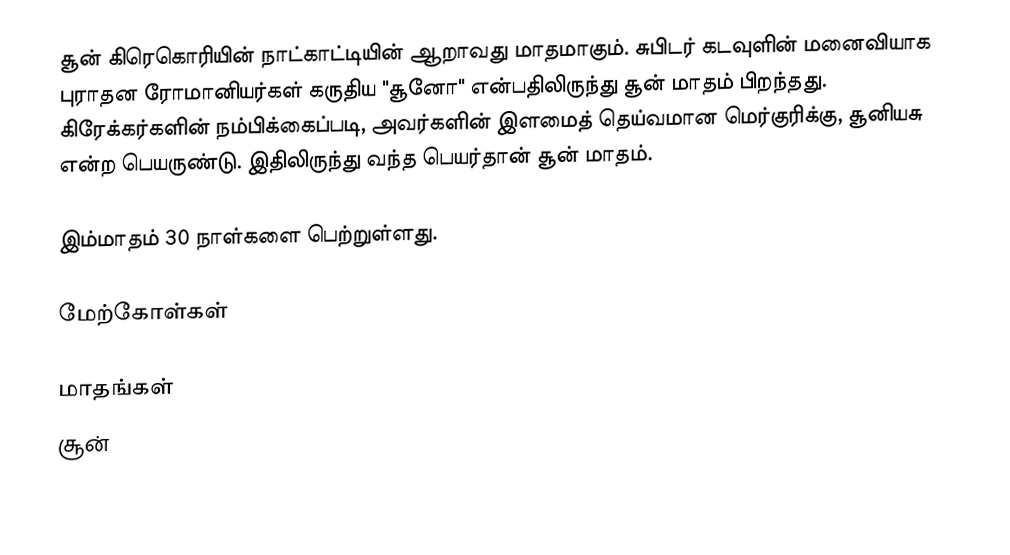
சூன் கிரெகொரியின் நாட்காட்டியின் ஆறாவது மாதமாகும். சுபிடர் கடவுளின் மனைவியாக புராதன ரோமானியர்கள் கருதிய "சூனோ" என்பதிலிருந்து சூன் மாதம் பிறந்தது. கிரேக்கர்களின் நம்பிக்கைப்படி, அவர்களின் இளமைத் தெய்வமான மெர்குரிக்கு, சூனியசு என்ற பெயருண்டு. இதிலிருந்து வந்த பெயர்தான் சூன் மாதம்.

இம்மாதம் 30 நாள்களை பெற்றுள்ளது.

மேற்கோள்கள்

மாதங்கள்
சூன்